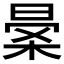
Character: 𣈎